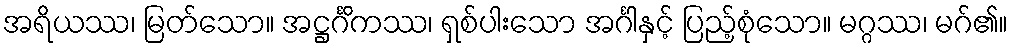
အရိယဿ၊ မြတ်သော။ အဋ္ဌင်္ဂိကဿ၊ ရှစ်ပါးသော အင်္ဂါနှင့် ပြည့်စုံသော။ မဂ္ဂဿ၊ မဂ်၏။